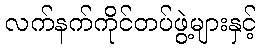
လက်နက်ကိုင်တပ်ဖွဲ့များနှင့်